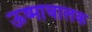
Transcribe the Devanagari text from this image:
ऊष्माचालक